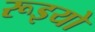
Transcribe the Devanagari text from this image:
रूइयो